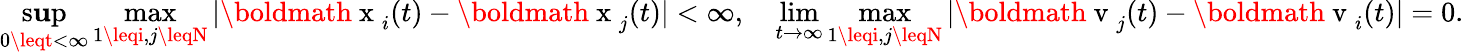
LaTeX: \operatorname*{s\mathbf{u}p}_{0\leqt<\infty}\operatorname*{max}_{1\leqi,j\leqN}|\mathrm{{\boldmath~x~}}_{i}(t)-\mathrm{{\boldmath~x~}}_{j}(t)|<\infty,\quad\operatorname*{lim}_{t\to\infty}\operatorname*{max}_{1\leqi,j\leqN}|\mathrm{{\boldmath~v~}}_{j}(t)-\mathrm{{\boldmath~v~}}_{i}(t)|=0.